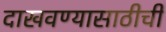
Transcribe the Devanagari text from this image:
दाखवण्यासाठीची